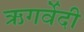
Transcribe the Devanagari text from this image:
ऋगर्वेदी